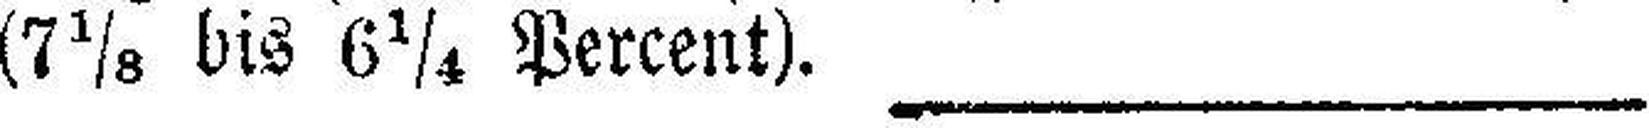
(7⅛ bis 6¼ Percent).